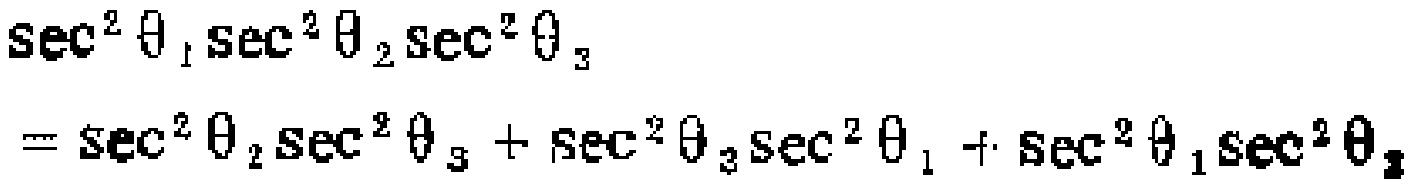
\(\sec^{2} \theta_{1}\sec^{2} \theta_{2}\sec^{2} \theta_{3}=\sec^{2} \theta_{2}\sec^{2} \theta_{3}+\sec^{2} \theta_{3}\sec^{2} \theta_{1}+\sec^{2} \theta_{1}\sec^{2} \theta_{2}\)